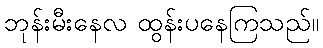
ဘုန်းမီးနေလ ထွန်းပနေကြသည်။